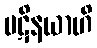
ပဋိနယာဟိ